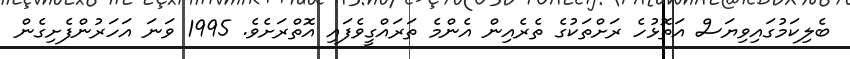
ބެލިކަމުގައިވިޔަސް އަތޮޅުހެ ރަށްތަކުގެ ތެރެއިން އެންމެ ތަރައްގީވެފައި އޮތްރަށެވެ. 1995 ވަނަ އަހަރުންފެށިގެން